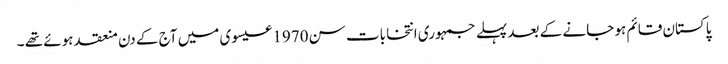
پاکستان قائم ہو جانے کے بعد پہلے جمہوری انتخابات سن 1970 عیسوی میں آج کے دن منعقد ہوئے تھے ۔